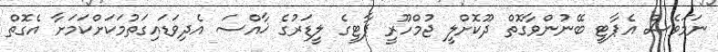
ނަމަވެސް އެޕާޓީ ބޭނުންވާގޮތް ދޫކޮށްލީ ޖުމްހޫރީ ޕާޓީގެ ލީޑަރުގެ ޚާއްސަ އެދިވަޑައިގަތުމަކަށްކަމަށާ އެގޮތް